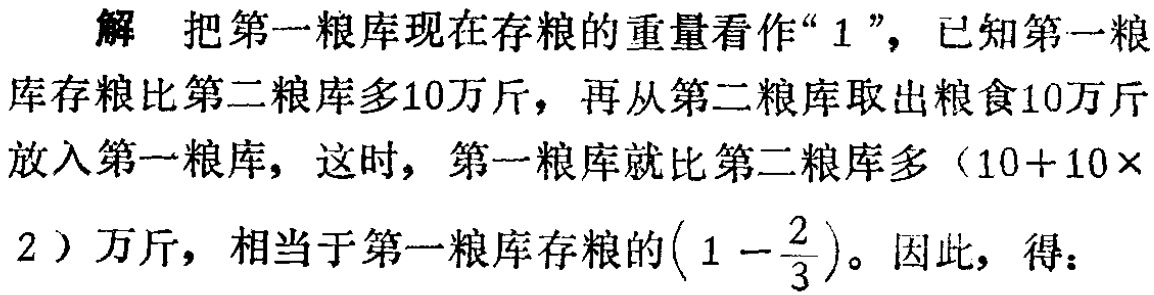
解 把第一粮库现在存粮的重量看作“$1$”，已知第一粮

库存粮比第二粮库多10万斤，再从第二粮库取出粮食10万斤

放入第一粮库，这时，第一粮库就比第二粮库多（$10 + 10\times$

2）万斤，相当于第一粮库存粮的$\left(1 - \dfrac{2}{3}\right)$。因此，得：